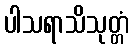
ပါသရာသိသုတ္တံ